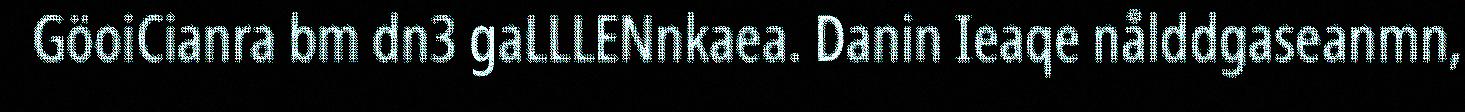
GöoiCianra bm dn3 gaLLLENnkaea. Danin Ieaqe nålddgaseanmn,